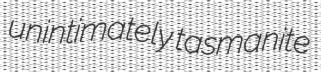
unintimately tasmanite